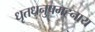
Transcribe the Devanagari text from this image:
धृतधनुषमह्नाय